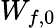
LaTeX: W_{f,0}